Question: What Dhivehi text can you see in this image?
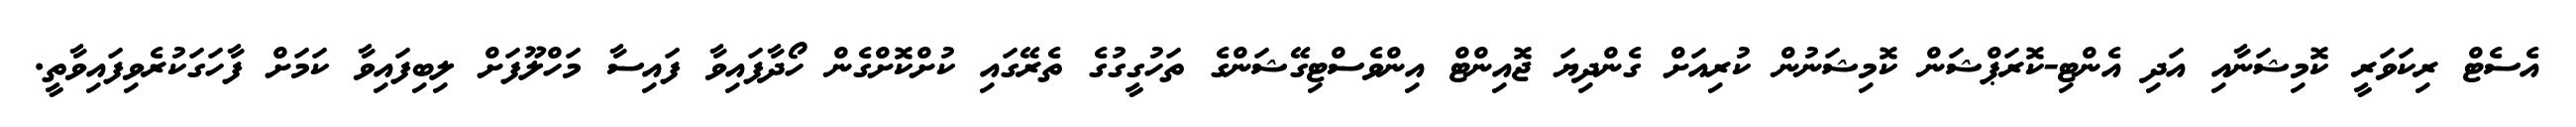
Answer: އެސެޓް ރިކަވަރީ ކޮމިޝަނާއި އަދި އެންޓި-ކޮރަޕްޝަން ކޮމިޝަނުން ކުރިއަށް ގެންދިޔަ ޖޮއިންޓް އިންވެސްޓިގޭޝަންގެ ތަހުގީގުގެ ތެރޭގައި ކުށްކޮށްގެން ހޯދާފައިވާ ފައިސާ މަހްލޫފަށް ލިބިފައިވާ ކަމަށް ފާހަގަކުރެވިފައިވާތީ.